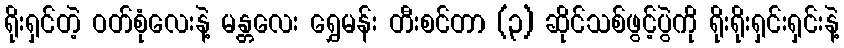
ရိုးရှင်တဲ့ ဝတ်စုံလေးနဲ့ မန္တလေး ရွှေမန်း တီးစင်တာ (၃) ဆိုင်သစ်ဖွင့်ပွဲကို ရိုးရိုးရှင်းရှင်းနဲ့